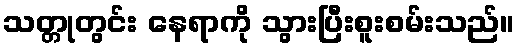
သတ္တုတွင်း နေရာကို သွားပြီးစူးစမ်းသည်။